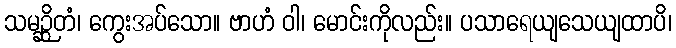
သမဉ္ဆိတံ၊ ကွေးအပ်သော။ ဗာဟံ ဝါ၊ မောင်းကိုလည်း။ ပသာရေယျသေယျထာပိ၊